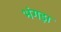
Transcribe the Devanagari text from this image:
भंगड़ा